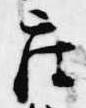
座